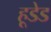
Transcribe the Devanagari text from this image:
हूडेड